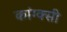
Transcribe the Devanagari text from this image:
कांग्क्सी